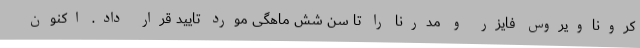
کروناویروس فایزر و مدرنا را تا سن شش ماهگی مورد تایید قرار داد. اکنون